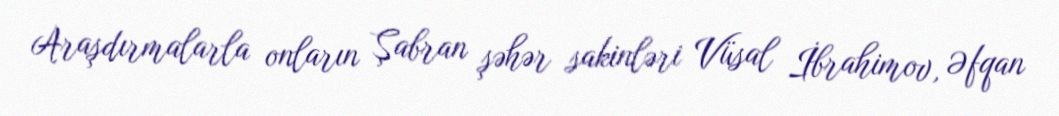
Araşdırmalarla onların Şabran şəhər sakinləri Vüsal İbrahimov, Əfqan